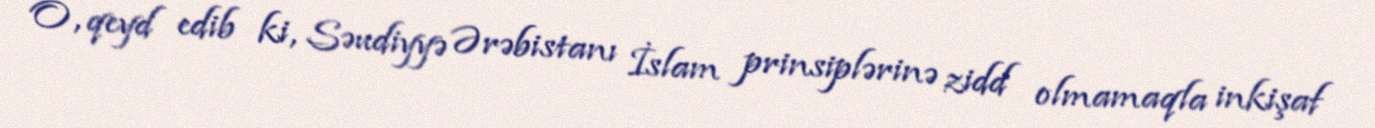
O, qeyd edib ki, Səudiyyə Ərəbistanı İslam prinsiplərinə zidd olmamaqla inkişaf